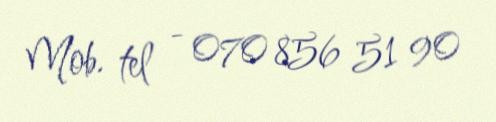
Mob. tel - 070 856 51 90